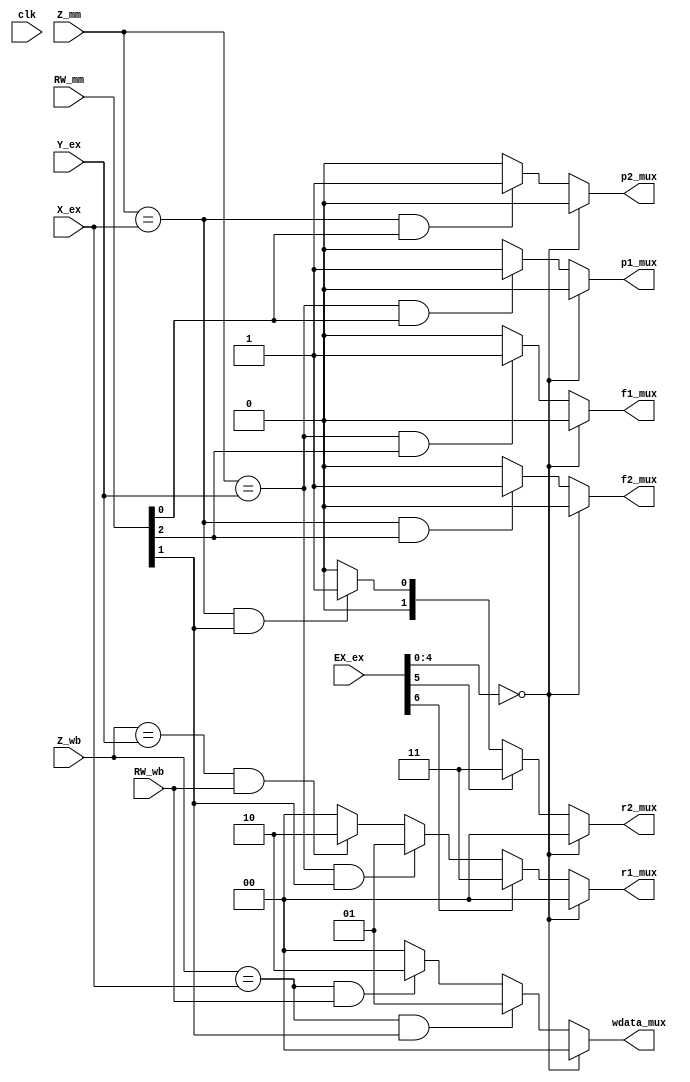
module forward(clk, EX_ex, RW_mm, RW_wb, Z_mm, Z_wb, Y_ex, X_ex, p1_mux, p2_mux, r1_mux, r2_mux, wdata_mux, f1_mux, f2_mux);
  input clk;
  input [6:0] EX_ex;
  input [2:0] RW_mm; //2:F, 1:I, 0:P
  input RW_wb; //I
  input [3:0] Z_mm;
  input [3:0] Z_wb;
  input [3:0] Y_ex;
  input [3:0] X_ex;
  
  output p1_mux;
  output p2_mux;
  output [1:0] r1_mux;
  output [1:0] r2_mux;
  output [1:0] wdata_mux;
  output f1_mux;
  output f2_mux;  
  
  reg p1_mux_r;
  reg p2_mux_r;
  reg [1:0] r1_mux_r;
  reg [1:0] r2_mux_r;
  reg [1:0] wdata_mux_r;
  reg f1_mux_r;
  reg f2_mux_r;
  
  always @(*) begin
  //always @(posedge clk) begin
    //pred/fpu pipeline forward
    if ((Z_mm == Y_ex) && (RW_mm[0] == 1'b1)) begin
      p1_mux_r = 1'b1;
    end else begin
      p1_mux_r = 1'b0;
    end
    if ((Z_mm == X_ex) && (RW_mm[0] == 1'b1)) begin
      p2_mux_r = 1'b1;
    end else begin
      p2_mux_r = 1'b0;
    end

    if ((Z_mm == Y_ex) && (RW_mm[2] == 1'b1)) begin
      f1_mux_r= 1'b1;
    end else begin
      f1_mux_r = 1'b0;
    end
    if ((Z_mm == X_ex) && (RW_mm[2] == 1'b1)) begin
      f2_mux_r = 1'b1;
    end else begin
      f2_mux_r = 1'b0;
    end
    
    //integer pipeline
    //src1, 00:normal, 01:EX forward, 10:MEM forward, 11:PC addr
    //src2, 00:REG, 01:EX forward, 10:MEM forward, 11:IMM
    if (EX_ex[6] == 1'b1) begin
      r1_mux_r = 2'b11;
    end else if ((Z_mm == Y_ex) && (RW_mm[1] == 1'b1)) begin
      r1_mux_r = 2'b01;
    end else if ((Z_wb == Y_ex) && (RW_wb == 1'b1)) begin
      r1_mux_r = 2'b10;
    end else begin
      r1_mux_r = 2'b00;
    end
    
    if (EX_ex[5] == 1'b1) begin
      r2_mux_r = 2'b11;
    end else if ((Z_mm == X_ex) && (RW_mm[1] == 1'b1)) begin
      r2_mux_r = 2'b01;
    end else if ((Z_mm == X_ex) && (RW_mm[1] == 1'b1)) begin
      r2_mux_r = 2'b10;
    end else begin
      r2_mux_r = 2'b00;
    end
    
   if ((Z_wb == X_ex) && (RW_mm[1] == 1'b1)) begin
     wdata_mux_r = 2'b01;
   end else if ((Z_wb == X_ex) && (RW_wb == 1'b1)) begin
     wdata_mux_r = 2'b10;
   end else begin
     wdata_mux_r = 2'b00;
   end
         
  end
  
  assign p1_mux = (EX_ex[4:0] == 5'b0) ? 2'b00 : p1_mux_r;
  assign p2_mux = (EX_ex[4:0] == 5'b0) ? 2'b00 : p2_mux_r;
  assign r1_mux = (EX_ex[4:0] == 5'b0) ? 2'b00 : r1_mux_r;
  assign r2_mux = (EX_ex[4:0] == 5'b0) ? 2'b00 : r2_mux_r;
  assign f1_mux = (EX_ex[4:0] == 5'b0) ? 2'b00 : f1_mux_r;
  assign f2_mux = (EX_ex[4:0] == 5'b0) ? 2'b00 : f2_mux_r;
  assign wdata_mux = (EX_ex[4:0] == 5'b0) ? 2'b00 : wdata_mux_r;
endmodule